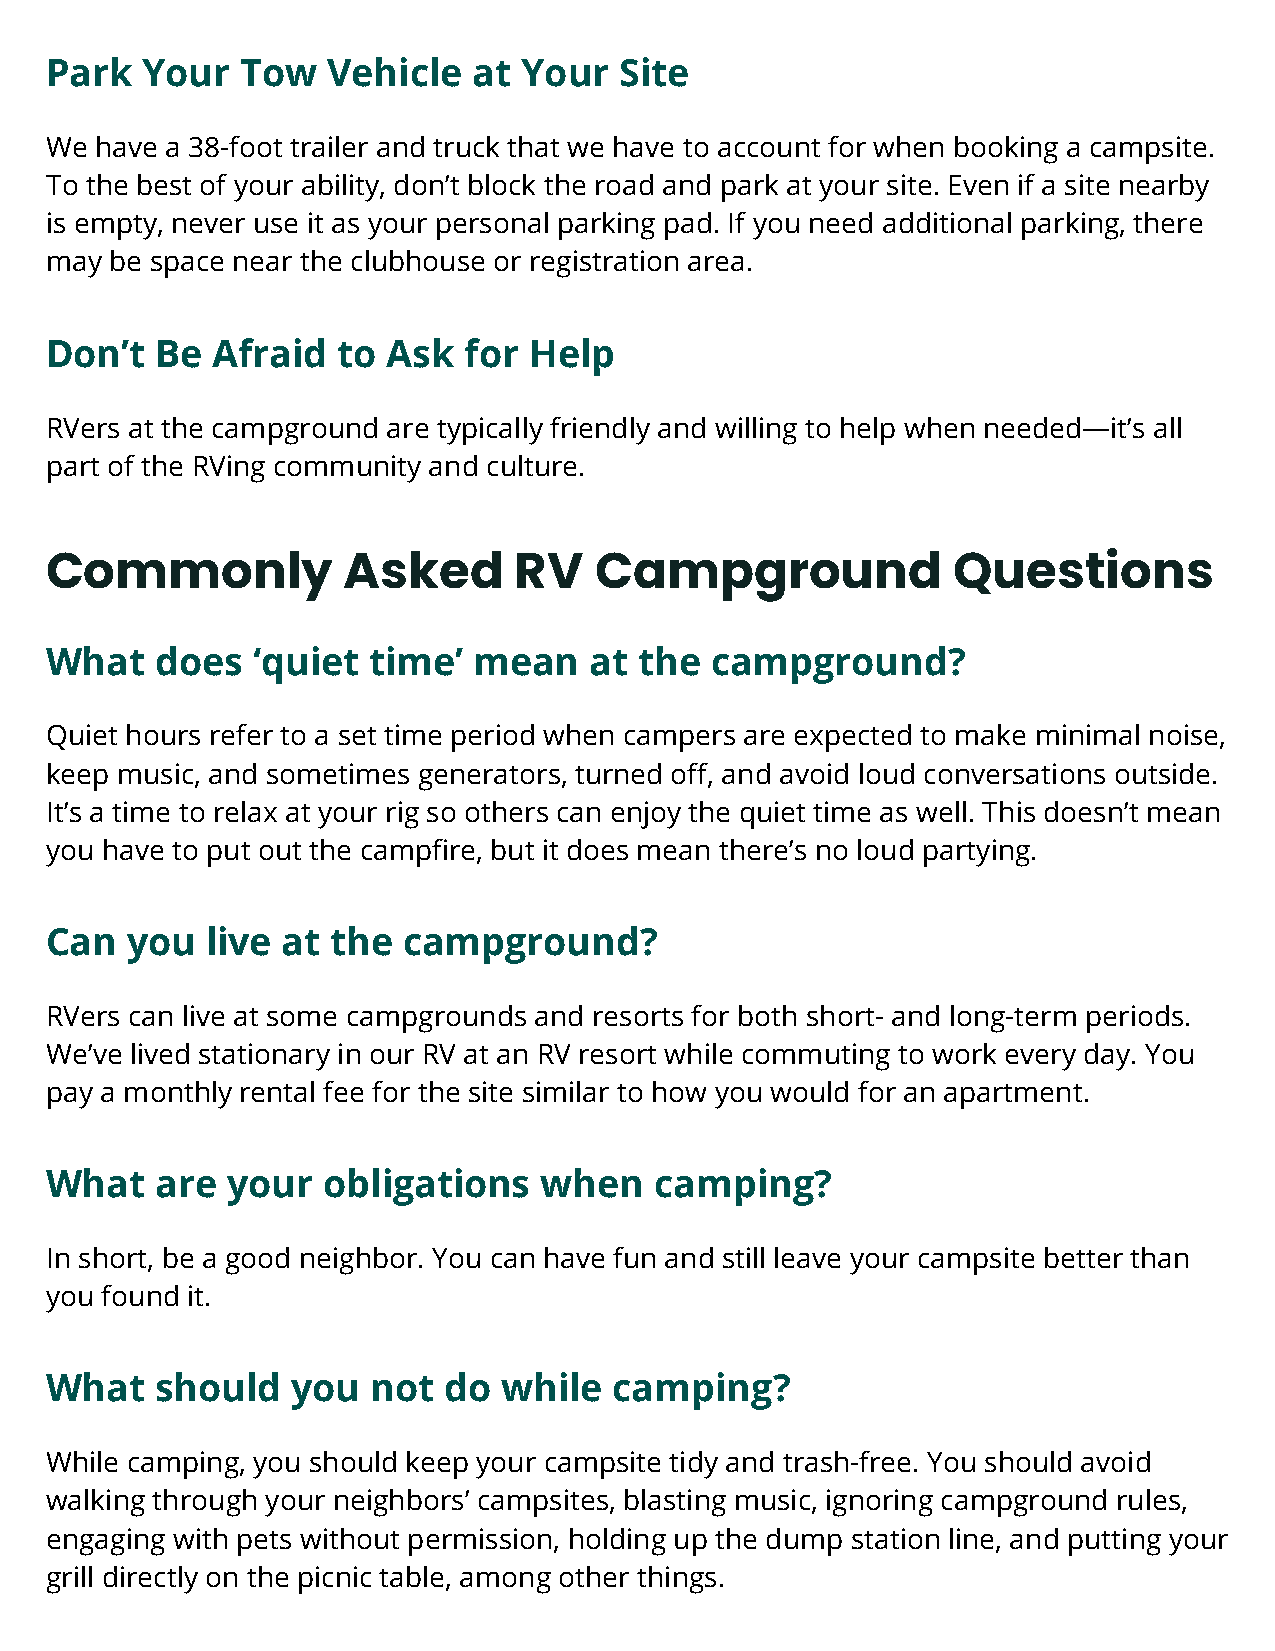
Park  Your   Tow   Vehicle  at Your   Site
 We have a 38-foot trailer and truck that we have to account for when booking a campsite.
 To the best of your ability, don’t block the road and park at your site. Even if a site nearby
 is empty, never use it as your personal parking pad. If you need additional parking, there
 may be space near the clubhouse or registration area.
 Don’t  Be  Afraid  to  Ask  for Help
 RVers at the campground are typically friendly and willing to help when needed—it’s all
 part of the RVing community and culture.
 Commonly            Asked      RV   Campground              Questions
 What   does   ‘quiet time’  mean    at the  campground?
 Quiet hours refer to a set time period when campers are expected to make minimal noise,
 keep music, and sometimes generators, turned off, and avoid loud conversations outside.
 It’s a time to relax at your rig so others can enjoy the quiet time as well. This doesn’t mean
 you have to put out the campfire, but it does mean there’s no loud partying.
 Can  you   live at the  campground?
 RVers can live at some campgrounds and resorts for both short- and long-term periods.
 We’ve lived stationary in our RV at an RV resort while commuting to work every day. You
 pay a monthly rental fee for the site similar to how you would for an apartment.
 What   are  your  obligations    when   camping?
 In short, be a good neighbor. You can have fun and still leave your campsite better than
 you found it.
 What   should   you   not do  while   camping?
 While camping, you should keep your campsite tidy and trash-free. You should avoid
 walking through your neighbors’ campsites, blasting music, ignoring campground rules,
 engaging with pets without permission, holding up the dump station line, and putting your
 grill directly on the picnic table, among other things.